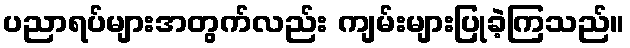
ပညာရပ်များအတွက်လည်း ကျမ်းများပြုခဲ့ကြသည်။